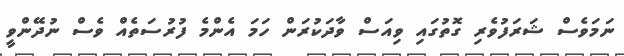
ނަމަވެސް ޝަރަފުވެރި ގޮތުގައި ވިއަސް ވާދަކުރަން ހަމަ އެންމެ ފުރުސަތެއް ވެސް ނުދޭންވީ